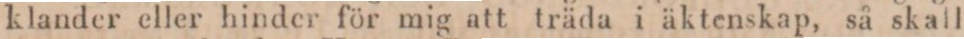
klander eller hinder för mig att träda i äktenskap, så skall